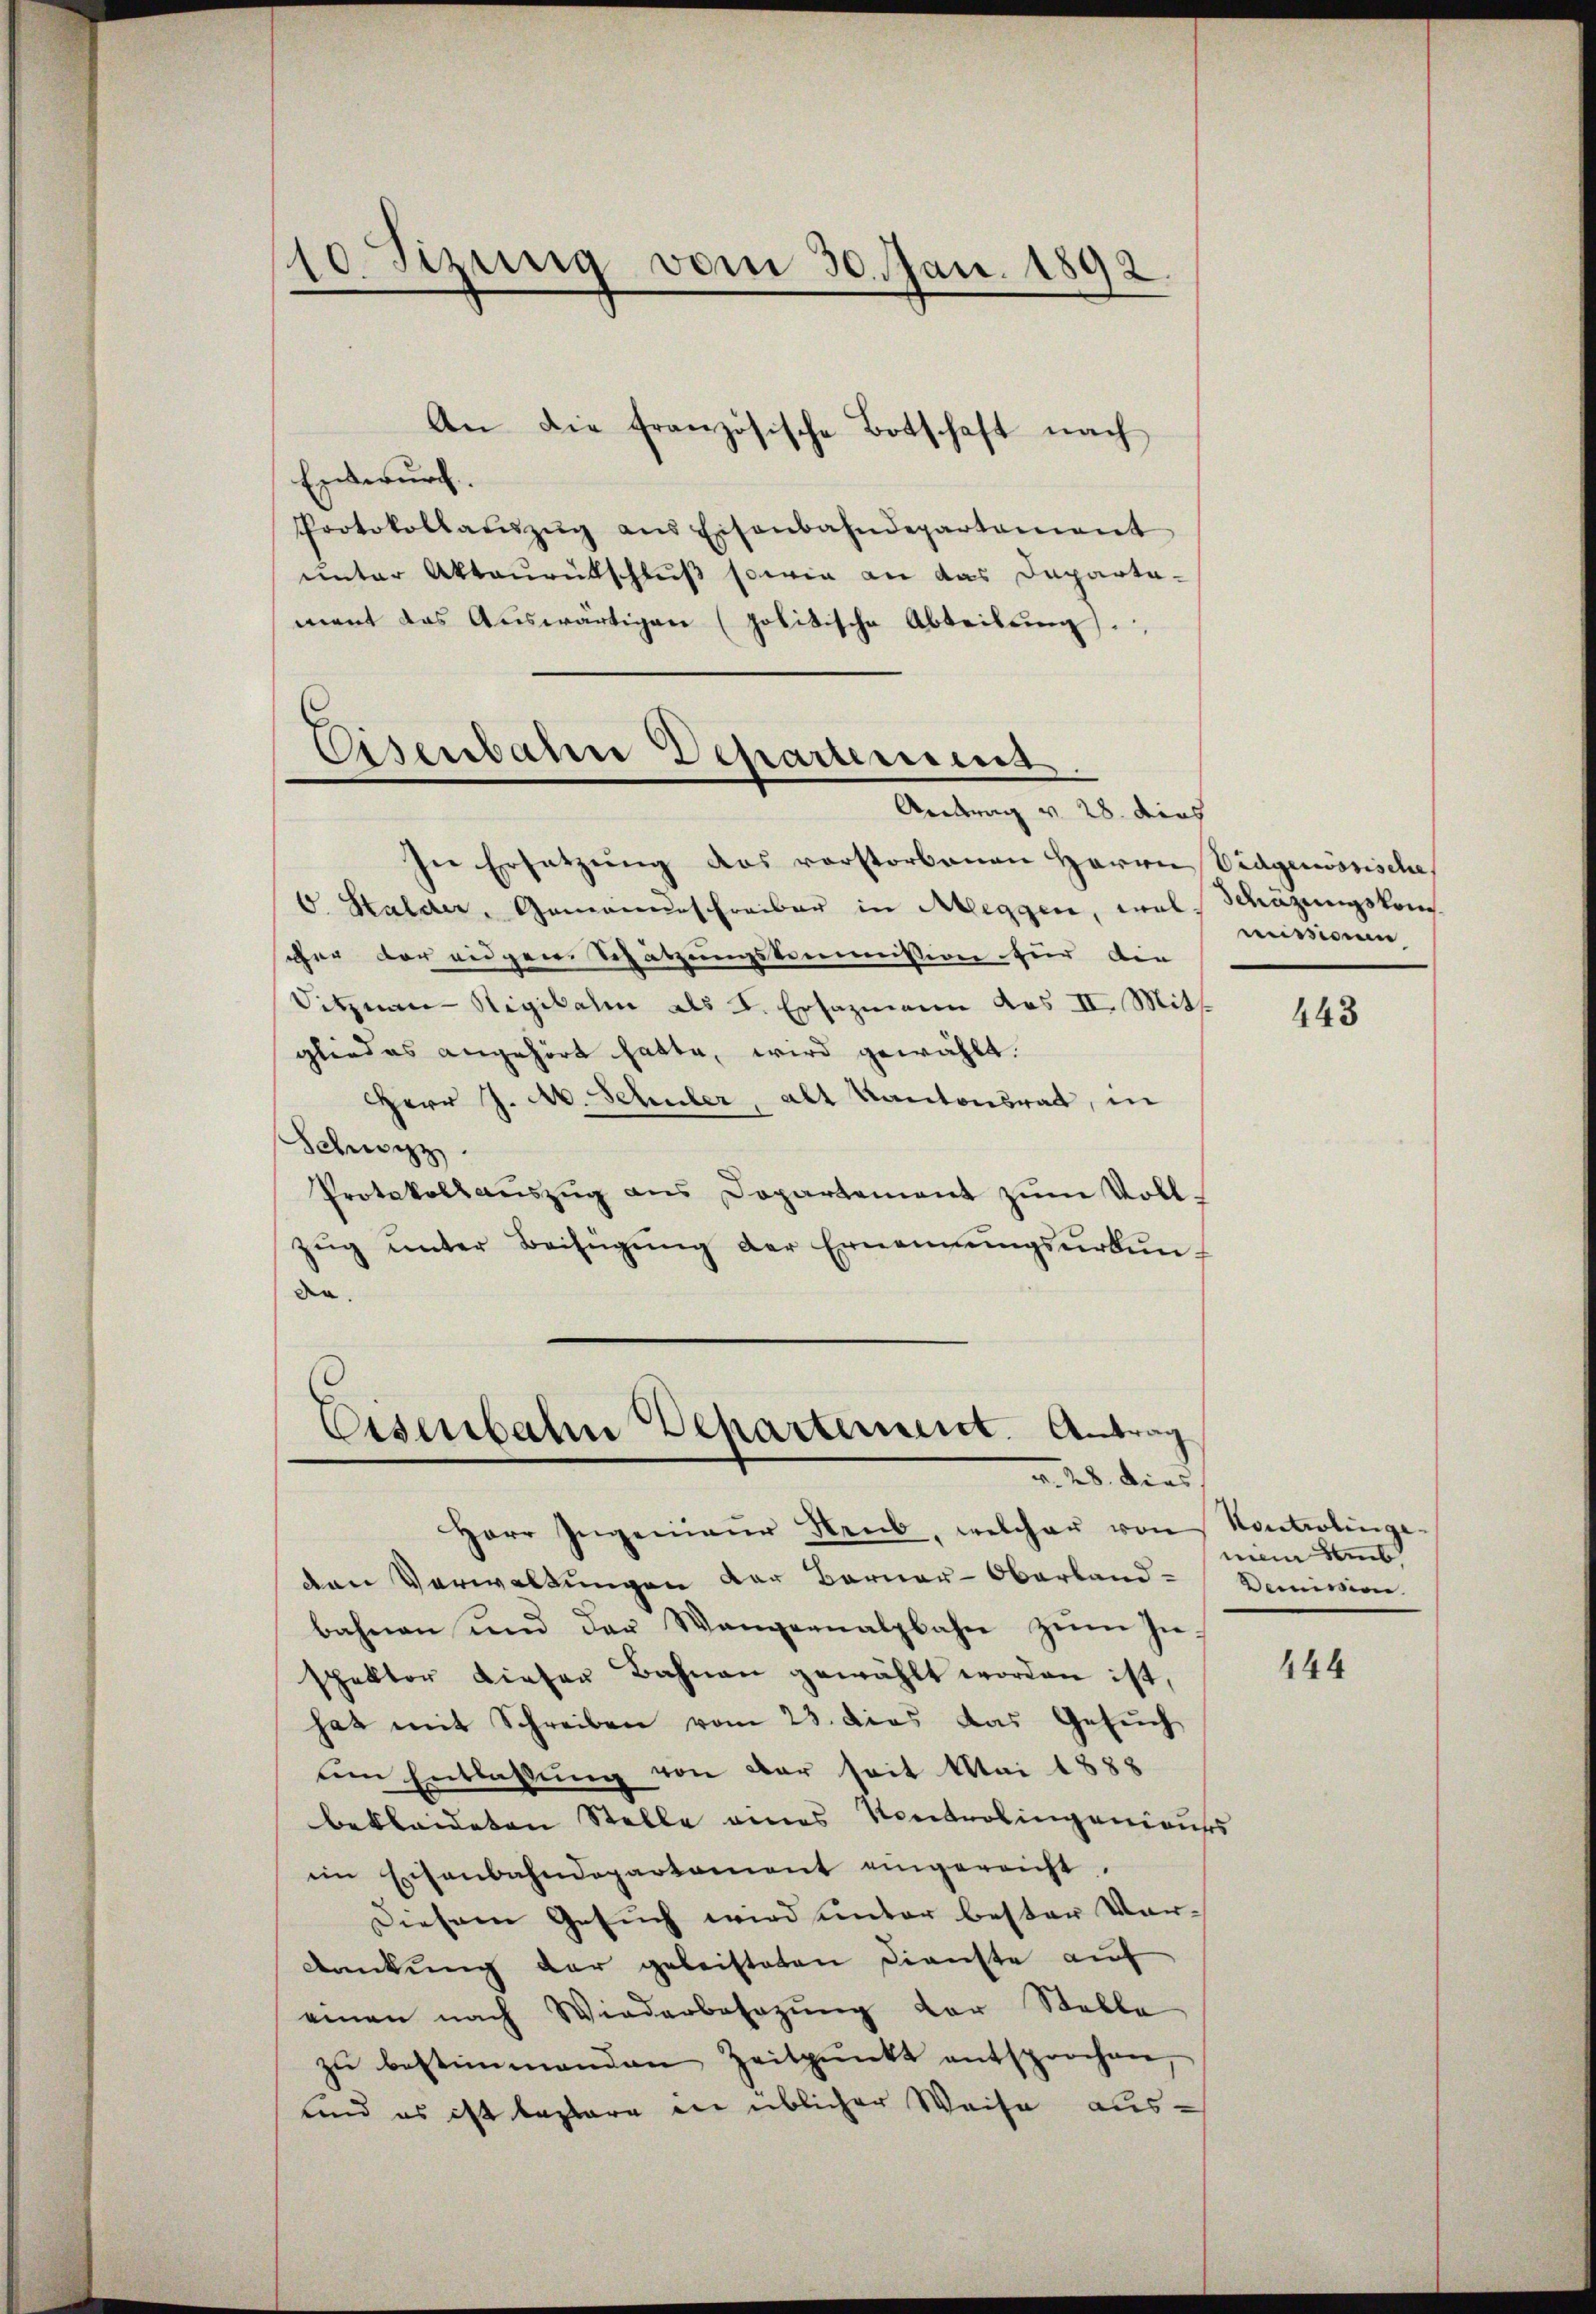
10 Sizung vom 30. Jan. 1892

An die französische Botschaft nach
Entwurf.
Protokollaŭszŭg ans Eisenbahndepartement
unter Aktaŭrütschluß sowie an das Departa-
mant das Auswärtigen (politische Abteilung.

Eisenbahn Departemens.
Antrag v. 28. dies

In Ersetzung das vorstorbenen Herrn Vidgenössische
V. Halder, Gemeindeschreiber in Aleggen, wal Mazungskomscher der eidgen. Schätzungskommission für die
Sitznau-Rigikalen als L. Ersazmann das II. Mitgliedes angehört hatte, wird gewählt.
Herr J. A. Schuler, alt Kantonsrat, in
Schwyz.
Protokollaŭszŭg ans Dopartement zŭm Voll-
zŭg ŭnter Beifügŭng der Ernennŭngsŭrkŭn-
de.

Eisenbahn Behartement. Antrag
v. 28. dies

Herr Ingenieŭr Heub, welcher von Kontrolinge-
den Verwaltungen der Berner-Oberland-
bahnen und der Wangernalpbahre zŭm In-
spektor dieser Bahnen gewählt worden ist,
hat mit Schreiben vom 23. dies das Gesuch
am Entlassŭng von der seit Mai 1888
bekleideten Stelle eines Kontrolingenieurs
im Eisenbahndepartament eingereicht.
Diesem Gesuch wird unter bester Vordankung der geleisteten Dienste auf
einen nach Wiederbesezung der Stelle
zu bestimmenden Zeitpunkt entsprochen
und es ist beplare die üblicher Weise aus.

mission

443

nem Sub
Demission.

444